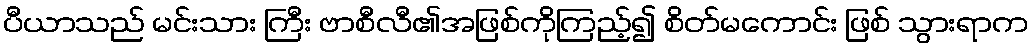
ပီယာသည် မင်းသား ကြီး ဗာစီလီ၏အဖြစ်ကိုကြည့်၍ စိတ်မကောင်း ဖြစ် သွားရာက